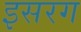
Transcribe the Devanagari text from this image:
इसरग